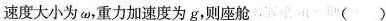
速度大小为ω，重力加速度为g，则座舱 ()